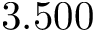
3 . 5 0 0